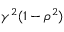
\gamma ^ { 2 } ( 1 - \rho ^ { 2 } )